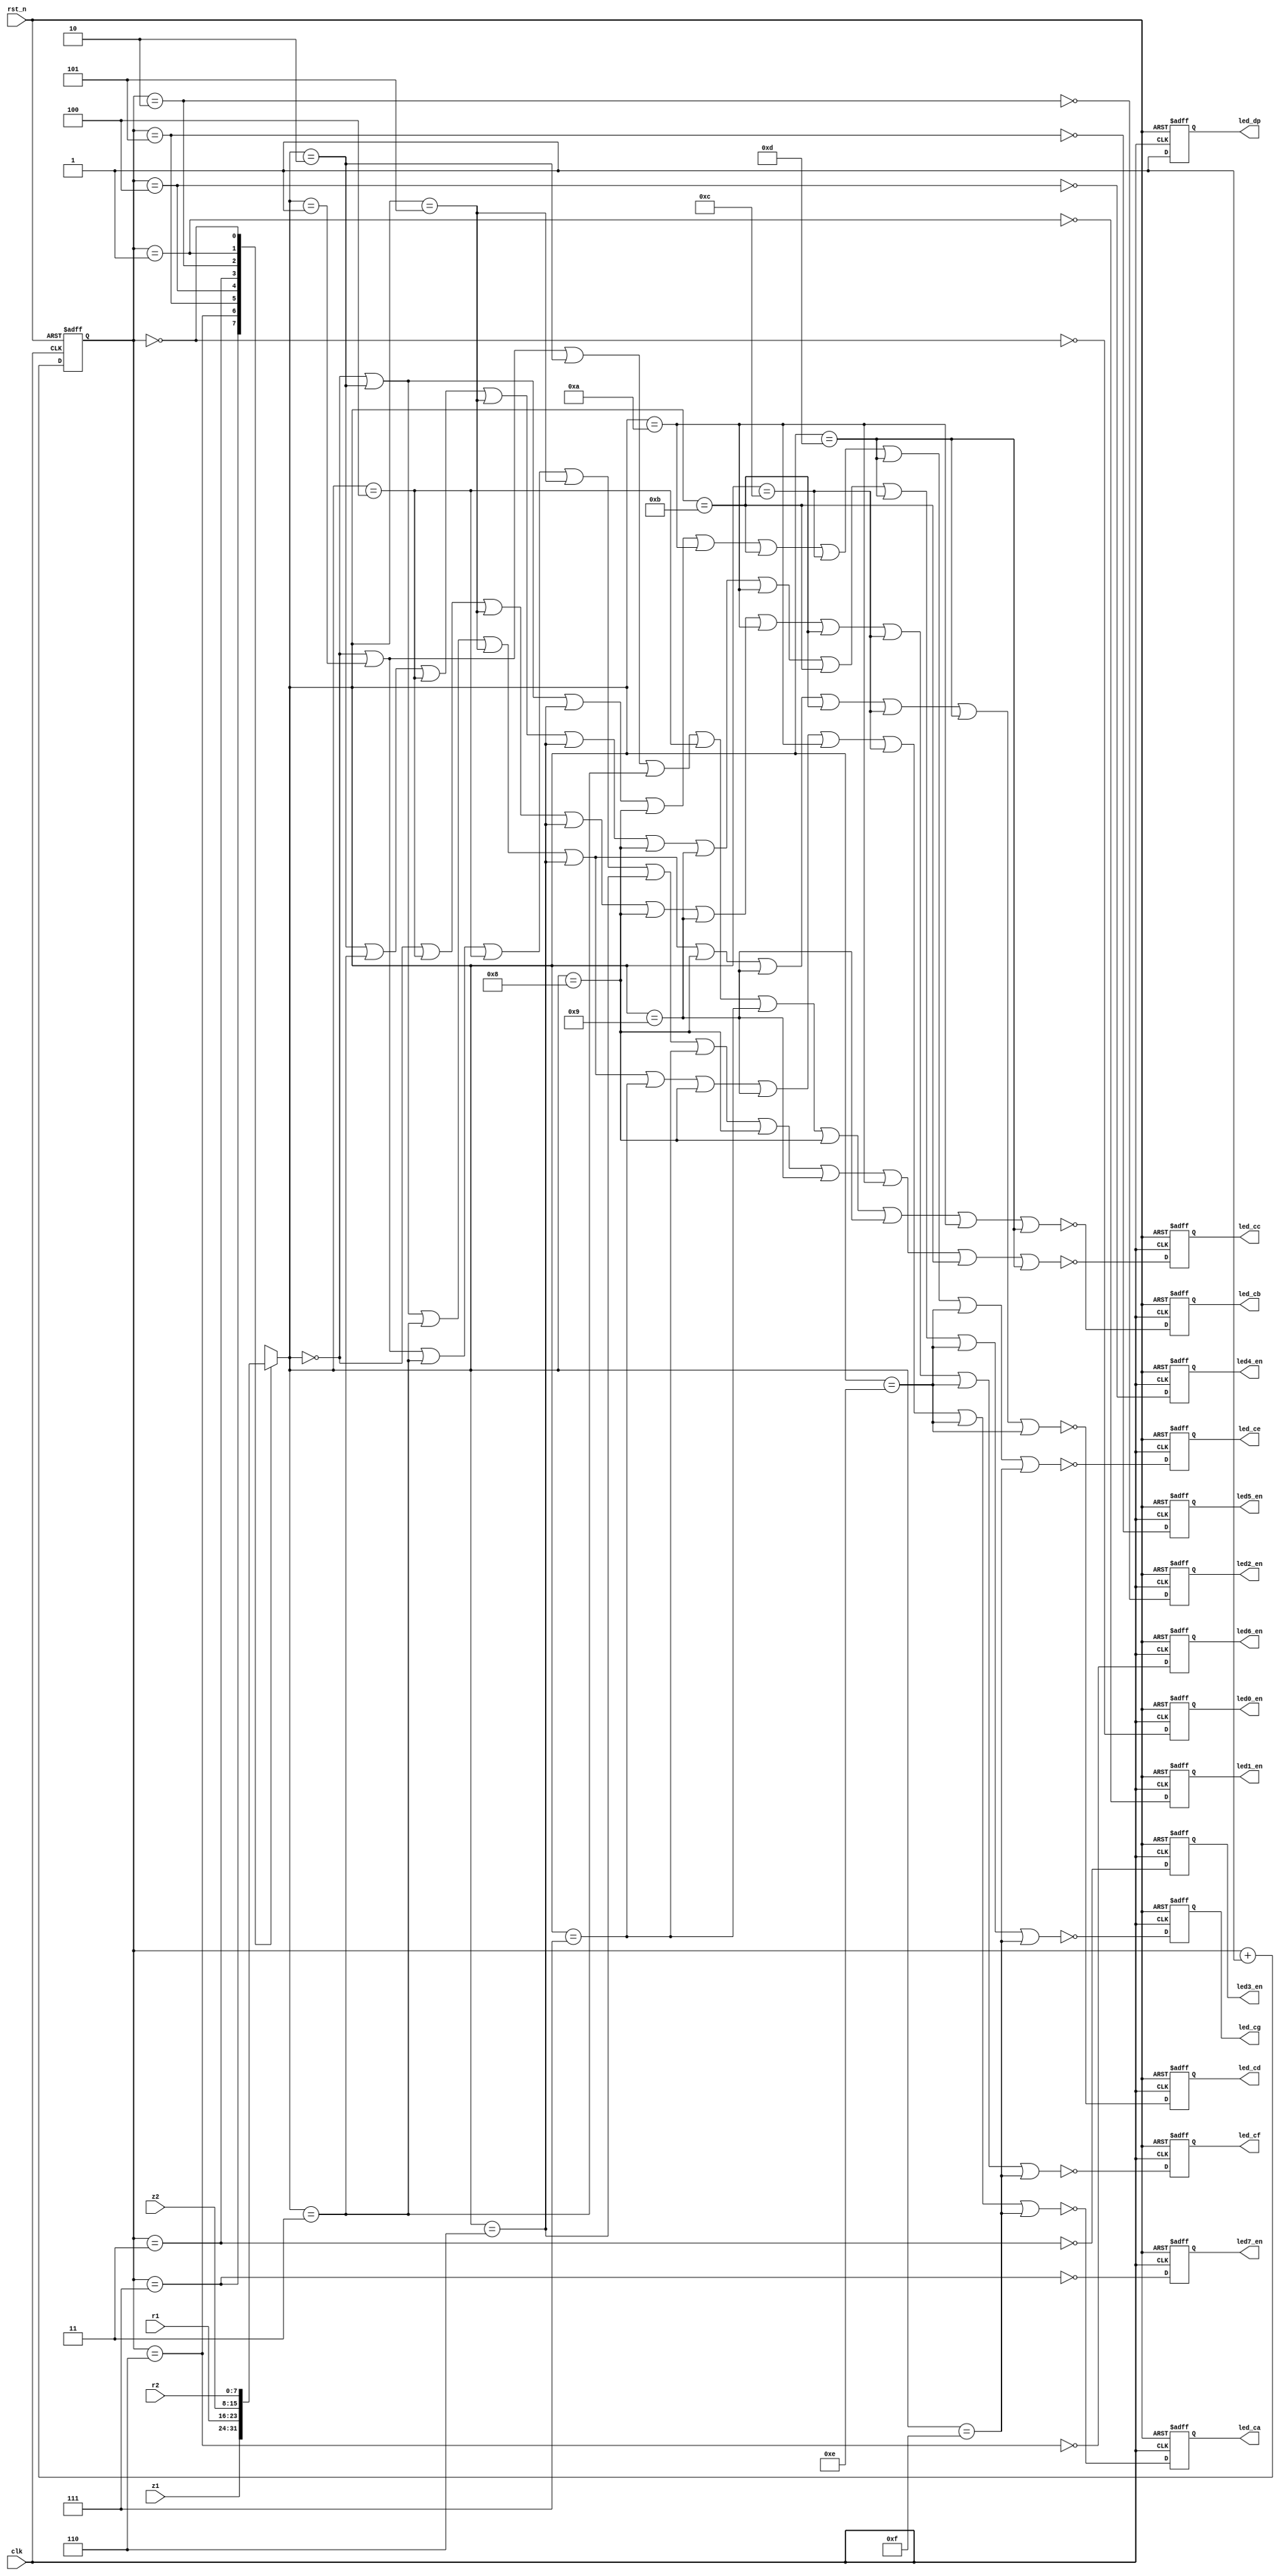
module display (
    input  wire       clk    ,
    input  wire       rst_n  ,
    input  wire [7:0] z1     ,
    input  wire [7:0] r1     ,
    input  wire [7:0] z2     ,
    input  wire [7:0] r2     ,
    output reg        led0_en,
    output reg        led1_en,
    output reg        led2_en,
    output reg        led3_en,
    output reg        led4_en,
    output reg        led5_en,
    output reg        led6_en,
    output reg        led7_en,
    output reg        led_ca ,
    output reg        led_cb ,
    output reg        led_cc ,
    output reg        led_cd ,
    output reg        led_ce ,
    output reg        led_cf ,
    output reg        led_cg ,
    output reg        led_dp
);

reg [2:0] led_cnt;

always @ (posedge clk or negedge rst_n) begin
    if (~rst_n)    led_cnt <= 3'h0;
    else           led_cnt <= led_cnt + 3'h1;
end

wire led0_en_d = ~(led_cnt == 3'h0);
wire led1_en_d = ~(led_cnt == 3'h1);
wire led2_en_d = ~(led_cnt == 3'h2);
wire led3_en_d = ~(led_cnt == 3'h3);
wire led4_en_d = ~(led_cnt == 3'h4);
wire led5_en_d = ~(led_cnt == 3'h5);
wire led6_en_d = ~(led_cnt == 3'h6);
wire led7_en_d = ~(led_cnt == 3'h7);

always @ (posedge clk or negedge rst_n) begin
    if (~rst_n) led0_en <= 1'b1;
    else        led0_en <= led0_en_d;
end

always @ (posedge clk or negedge rst_n) begin
    if (~rst_n) led1_en <= 1'b1;
    else        led1_en <= led1_en_d;
end

always @ (posedge clk or negedge rst_n) begin
    if (~rst_n) led2_en <= 1'b1;
    else        led2_en <= led2_en_d;
end

always @ (posedge clk or negedge rst_n) begin
    if (~rst_n) led3_en <= 1'b1;
    else        led3_en <= led3_en_d;
end

always @ (posedge clk or negedge rst_n) begin
    if (~rst_n) led4_en <= 1'b1;
    else        led4_en <= led4_en_d;
end

always @ (posedge clk or negedge rst_n) begin
    if (~rst_n) led5_en <= 1'b1;
    else        led5_en <= led5_en_d;
end

always @ (posedge clk or negedge rst_n) begin
    if (~rst_n) led6_en <= 1'b1;
    else        led6_en <= led6_en_d;
end

always @ (posedge clk or negedge rst_n) begin
    if (~rst_n) led7_en <= 1'b1;
    else        led7_en <= led7_en_d;
end

reg [3:0] led_display;

always @ (*) begin
    case (led_cnt)
        3'h7 : led_display = z1[7:4];
        3'h6 : led_display = z1[3:0];
        3'h5 : led_display = r1[7:4];
        3'h4 : led_display = r1[3:0]; 
        3'h3 : led_display = z2[7:4];
        3'h2 : led_display = z2[3:0];
        3'h1 : led_display = r2[7:4];
        3'h0 : led_display = r2[3:0];
        default : led_display <= 4'h0;
    endcase
end

wire eq0 = (led_display == 4'h0);
wire eq1 = (led_display == 4'h1);
wire eq2 = (led_display == 4'h2);
wire eq3 = (led_display == 4'h3);
wire eq4 = (led_display == 4'h4);
wire eq5 = (led_display == 4'h5);
wire eq6 = (led_display == 4'h6);
wire eq7 = (led_display == 4'h7);
wire eq8 = (led_display == 4'h8);
wire eq9 = (led_display == 4'h9);
wire eqa = (led_display == 4'ha);
wire eqb = (led_display == 4'hb);
wire eqc = (led_display == 4'hc);
wire eqd = (led_display == 4'hd);
wire eqe = (led_display == 4'he);
wire eqf = (led_display == 4'hf);

wire led_ca_d = ~(eq0 | eq2 | eq3 | eq5 | eq6 | eq7 | eq8 | eq9 | eqa | eqc | eqe | eqf);
wire led_cb_d = ~(eq0 | eq1 | eq2 | eq3 | eq4 | eq7 | eq8 | eq9 | eqa | eqd);
wire led_cc_d = ~(eq0 | eq1 | eq3 | eq4 | eq5 | eq6 | eq7 | eq8 | eq9 | eqa | eqb | eqd);
wire led_cd_d = ~(eq0 | eq2 | eq3 | eq5 | eq6 | eq8 | eq9 | eqb | eqc | eqd | eqe);
wire led_ce_d = ~(eq0 | eq2 | eq6 | eq8 | eqa | eqb | eqc | eqd | eqe | eqf);
wire led_cf_d = ~(eq0 | eq4 | eq5 | eq6 | eq8 | eq9 | eqa | eqb | eqc | eqe | eqf);
wire led_cg_d = ~(eq2 | eq3 | eq4 | eq5 | eq6 | eq8 | eq9 | eqa | eqb | eqd | eqe | eqf);
wire led_dp_d = 1; 

always @ (posedge clk or negedge rst_n) begin
    if (~rst_n) led_ca <= 1'b0;
    else        led_ca <= led_ca_d;
end

always @ (posedge clk or negedge rst_n) begin
    if (~rst_n) led_cb <= 1'b0;
    else        led_cb <= led_cb_d;
end

always @ (posedge clk or negedge rst_n) begin
    if (~rst_n) led_cc <= 1'b0;
    else        led_cc <= led_cc_d;
end

always @ (posedge clk or negedge rst_n) begin
    if (~rst_n) led_cd <= 1'b0;
    else        led_cd <= led_cd_d;
end

always @ (posedge clk or negedge rst_n) begin
    if (~rst_n) led_ce <= 1'b0;
    else        led_ce <= led_ce_d;
end

always @ (posedge clk or negedge rst_n) begin
    if (~rst_n) led_cf <= 1'b0;
    else        led_cf <= led_cf_d;
end

always @ (posedge clk or negedge rst_n) begin
    if (~rst_n) led_cg <= 1'b0;
    else        led_cg <= led_cg_d;
end

always @ (posedge clk or negedge rst_n) begin
    if (~rst_n) led_dp <= 1'b1;
    else        led_dp <= led_dp_d;
end

endmodule